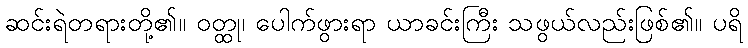
ဆင်းရဲတရားတို့၏။ ဝတ္ထု၊ ပေါက်ဖွားရာ ယာခင်းကြီး သဖွယ်လည်းဖြစ်၏။ ပရိ